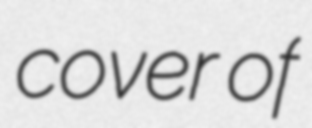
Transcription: cover of